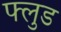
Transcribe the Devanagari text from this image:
फ्लुड